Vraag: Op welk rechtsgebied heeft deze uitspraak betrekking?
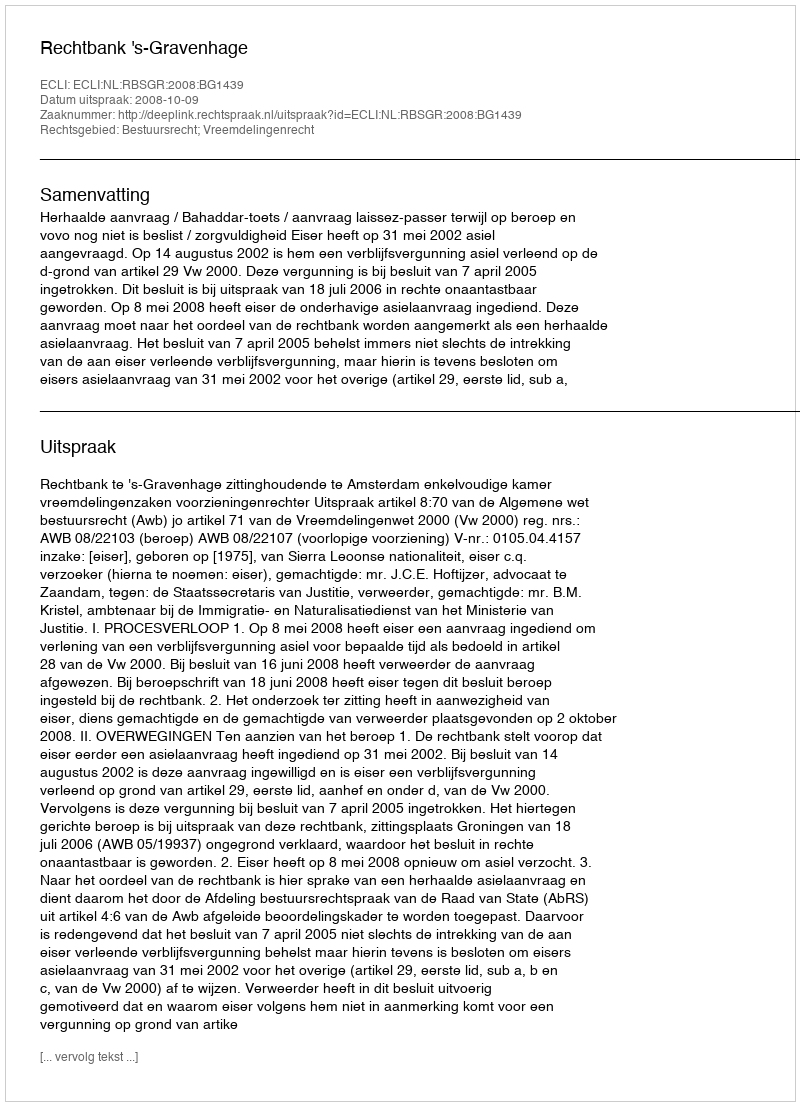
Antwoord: Bestuursrecht; Vreemdelingenrecht